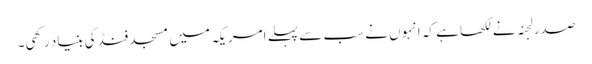
صدر لجنہ نے لکھا ہے کہ انہوں نے سب سے پہلے امریکہ میں مسجد فنڈ کی بنیاد رکھی۔